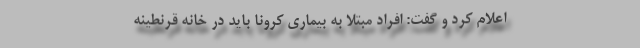
اعلام کرد و گفت: افراد مبتلا به بیماری کرونا باید در خانه قرنطینه